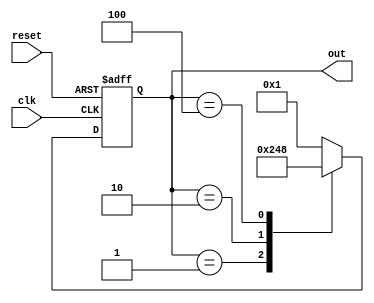
module ring_counter_moore (
    input wire clk,      // Clock signal
    input wire reset,    // Asynchronous reset signal
    output reg [3:0] out // 4-bit output representing the current state
);

    // State transition logic
    always @(posedge clk or posedge reset) begin
        if (reset) begin
            out <= 4'b0001; // Initialize to State 0 (0001)
        end else begin
            case (out)
                4'b0001: out <= 4'b0010; // Transition from State 0 to State 1
                4'b0010: out <= 4'b0100; // Transition from State 1 to State 2
                4'b0100: out <= 4'b1000; // Transition from State 2 to State 3
                4'b1000: out <= 4'b0001; // Transition from State 3 back to State 0
                default: out <= 4'b0001; // Default case to avoid latches
            endcase
        end
    end

endmodule